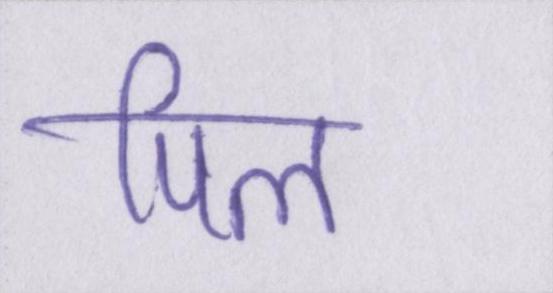
पिल